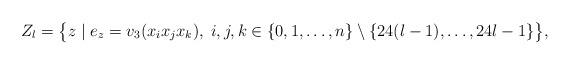
LaTeX: \begin{align*} Z_l = \bigl\{ z \;|\; e_z = v_3(x_i x_j x_k),\; i,j,k \in \{0,1,\ldots,n\}\setminus\{24(l-1),\ldots,24l-1\} \bigr\},\end{align*}